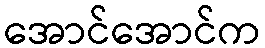
အောင်အောင်က